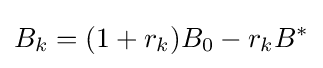
B_{k}=(1+r_{k})B_{0}-r_{k}B^{*}